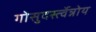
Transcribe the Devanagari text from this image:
गोसुदर्स्त्वेन्नोय